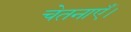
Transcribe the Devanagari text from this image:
चेतनाएँ।